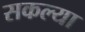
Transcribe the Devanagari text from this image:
सकल्या